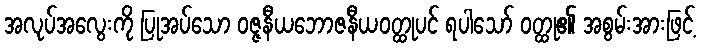
အလုပ်အလွေးကို ပြုအပ်သော ဝဇ္ဇနီယဘောဇနီယဝတ္ထုပင် ရပါသော် ဝတ္ထု၏ အစွမ်းအားဖြင့်